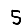
Digit: 5